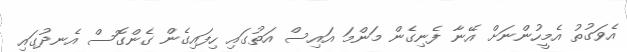
އެވަގުތު އެމީހުންނަށް އޭނާ ފެނިގެން މަންމަ އައިސް އަތުގައި ހިފައިގެން ގެންގޮސް އެނދުގައި